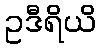
ဥဒီရိယိ